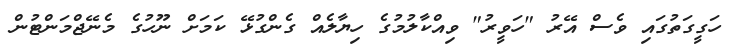
ހަގީގަތުގައި ވެސް އޭރު "ހަވީރު" ވިއްކާލުމުގެ ހިޔާލެއް ގެންގުޅޭ ކަމަށް ނޫހުގެ މެނޭޖްމަންޓުން